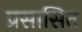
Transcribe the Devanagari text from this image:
प्रसासित